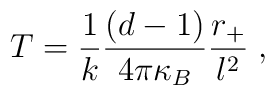
T=\frac{1}{k}\frac{(d-1)}{4\pi \kappa _{B}}\frac{r_{+}}{l^{2}}\;,